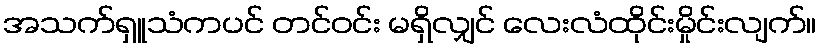
အသက်ရှူသံကပင် တင်ဝင်း မရှိလျှင် လေးလံထိုင်းမှိုင်းလျက်။